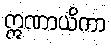
ဣဏာယိကာ